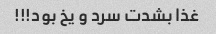
غذا بشدت سرد و یخ بود!!!